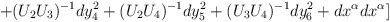
\begin{align*}+(U_2U_3)^{-1}dy_4^2+(U_2U_4)^{-1}dy_5^2+(U_3U_4)^{-1}dy_6^2+dx^{\alpha}dx^{\alpha}]\end{align*}